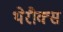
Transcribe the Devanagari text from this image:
थेरौक्स